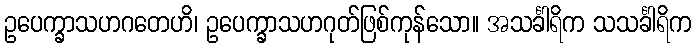
ဥပေက္ခာသဟဂတေဟိ၊ ဥပေက္ခာသဟဂုတ်ဖြစ်ကုန်သော။ အသင်္ခါရိက သသင်္ခါရိက